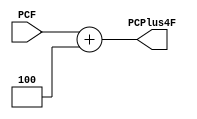
module PC_Plus4(PCF,PCPlus4F);

input [31:0] PCF;
output reg [31:0] PCPlus4F;

//assign PCPlus4F = PCF + 4;

always @ ( * )
begin
	PCPlus4F <= PCF + 4;
end

endmodule